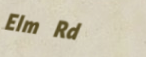
Elm Rd